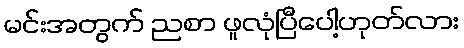
မင်းအတွက် ညစာ ဖူလုံပြီပေါ့ဟုတ်လား